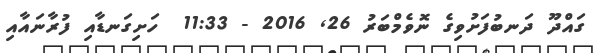
ގައްދޫ ދަނބުފަށުވިގެ ނޮވެމްބަރު 26